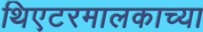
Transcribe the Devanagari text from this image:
थिएटरमालकाच्या